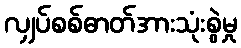
လျှပ်စစ်ဓာတ်အားသုံးစွဲမှု